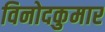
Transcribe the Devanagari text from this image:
विनोदकुमार